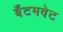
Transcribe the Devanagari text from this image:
बँटमवेट